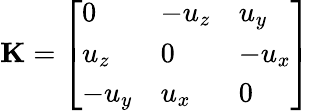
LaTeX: \mathbf{K}=\left[\begin{array}{lll}{0}&{-u_{z}}&{u_{y}}\\ {u_{z}}&{0}&{-u_{x}}\\ {-u_{y}}&{u_{x}}&{0}\end{array}\right]